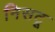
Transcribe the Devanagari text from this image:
निसटू